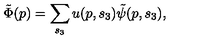
\tilde { \Phi } ( p ) = \sum _ { s _ { 3 } } u ( p , s _ { 3 } ) \tilde { \psi } ( p , s _ { 3 } ) , \,